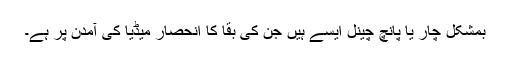
بمشکل چار یا پانچ چینل ایسے ہیں جن کی بقا کا انحصار میڈیا کی آمدن پر ہے۔